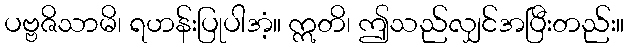
ပဗ္ဗဇိသာမိ၊ ရဟန်းပြုပါအံ့။ ဣတိ၊ ဤသည်လျှင်အပြီးတည်း။